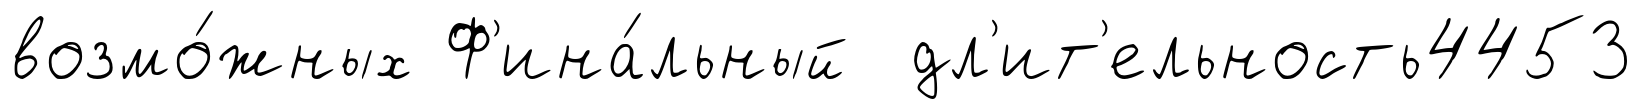
возмо́жных Ф'ина́льный дл'ит'ельность4453